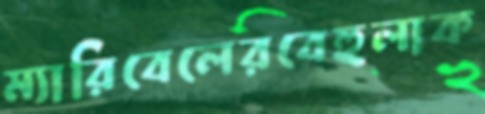
ম্যারিবেলেরবেহুলাক